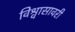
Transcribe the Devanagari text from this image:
विश्वासावरी